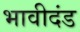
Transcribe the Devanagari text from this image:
भावीदंड